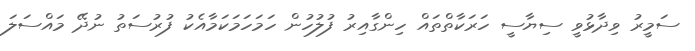
ސަމީރު ވިދާޅުވީ ސިޔާސީ ހަރަކާތްތައް ހިންގާއިރު ފުލުހުން ހަމަހަމަކަމާއެކު ފުރުސަތު ނުދޭ މައްސަލަ